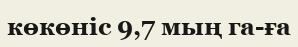
көкөніс 9,7 мың га-ға